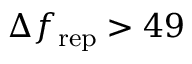
\Delta f _ { \mathrm { r e p } } > 4 9